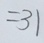
= 3 1